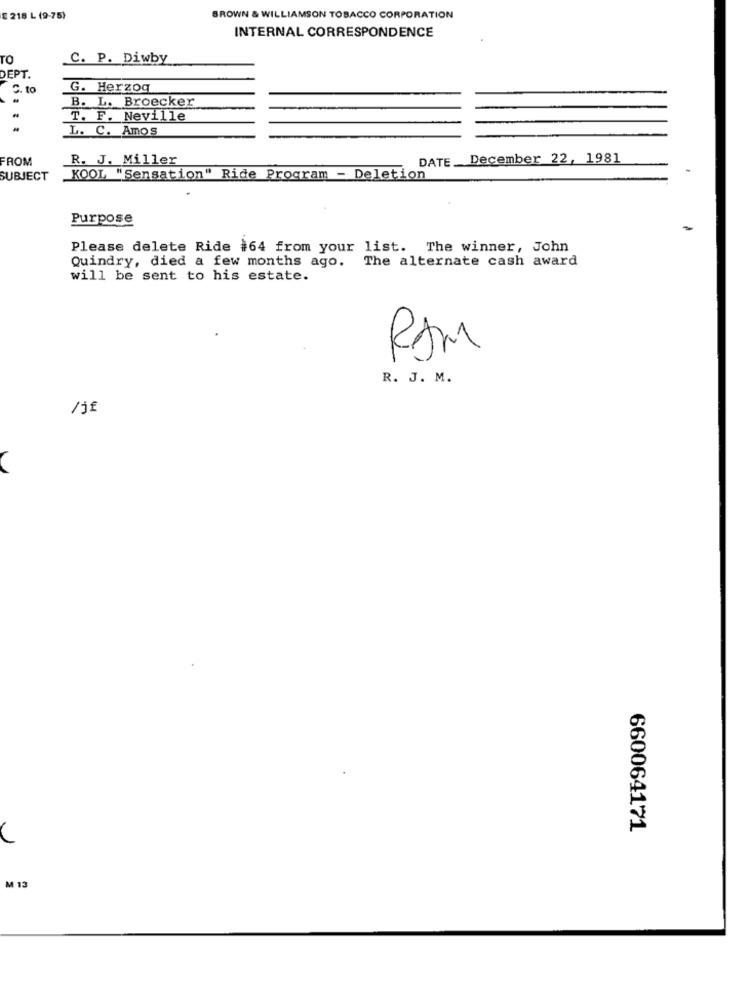
£ 218 L (9-75)
BROWN & WILLIAMSON TOBACCO CORPORATION
INTERNAL CORRESPONDENCE
TO
C. P. Diwby
DEPT.
C. to
G. Herzog
B. L. Broecker
T. F. Neville
L. C. Amos
FROM
R. J. Miller
DATE. December 22, 1981
SUBJECT
KOOL "Sensation" Ride Program - Deletion
Purpose
Please delete Ride #64 from your list. The winner, John
Quindry, died a few months ago. The alternate cash award
will be sent to his estate.
RJM
R. J. M.
/jf
660064171
C
M 13